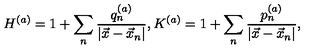
H ^ { ( a ) } = 1 + \sum _ { n } \frac { q _ { n } ^ { ( a ) } } { | \vec { x } - \vec { x } _ { n } | } , K ^ { ( a ) } = 1 + \sum _ { n } \frac { p _ { n } ^ { ( a ) } } { | \vec { x } - \vec { x } _ { n } | } ,